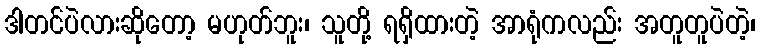
ဒါတင်ပဲလားဆိုတော့ မဟုတ်ဘူး၊ သူတို့ ရရှိထားတဲ့ အာရုံကလည်း အတူတူပဲတဲ့၊